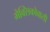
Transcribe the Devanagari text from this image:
मेक्सिकोवासी